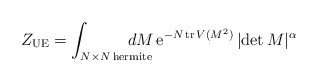
\begin{align*}Z_{\rm UE}=\int_{N\times N\, \mbox{\scriptsize hermite}}\!\!\!\!\!\!\!\!\!\!dM\,{\rm e}^{-N\,{\rm tr}\,V(M^2)}\, |{\rm det}\,M|^{\alpha}\end{align*}